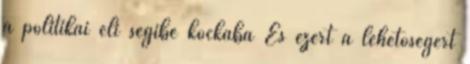
a politikai eli segibe kockába És ezért a lehetőségért